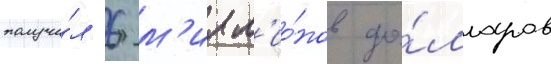
получи́л 6 м'илл'ио́нов до́лларов